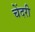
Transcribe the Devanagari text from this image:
चेंदरी